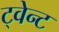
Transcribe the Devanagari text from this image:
ट्वेन्ट